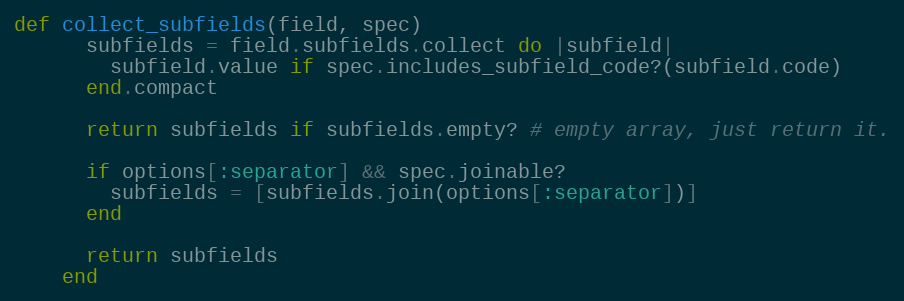
Language: Ruby
def collect_subfields(field, spec)
      subfields = field.subfields.collect do |subfield|
        subfield.value if spec.includes_subfield_code?(subfield.code)
      end.compact

      return subfields if subfields.empty? # empty array, just return it.

      if options[:separator] && spec.joinable?
        subfields = [subfields.join(options[:separator])]
      end

      return subfields
    end